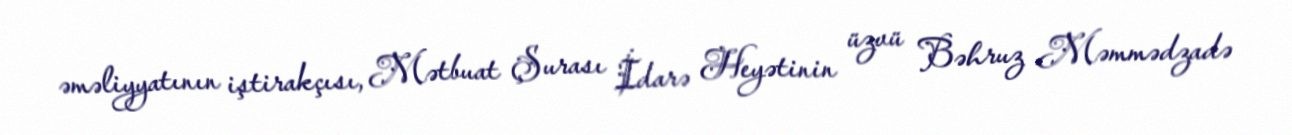
əməliyyatının iştirakçısı, Mətbuat Şurası İdarə Heyətinin üzvü Bəhruz Məmmədzadə